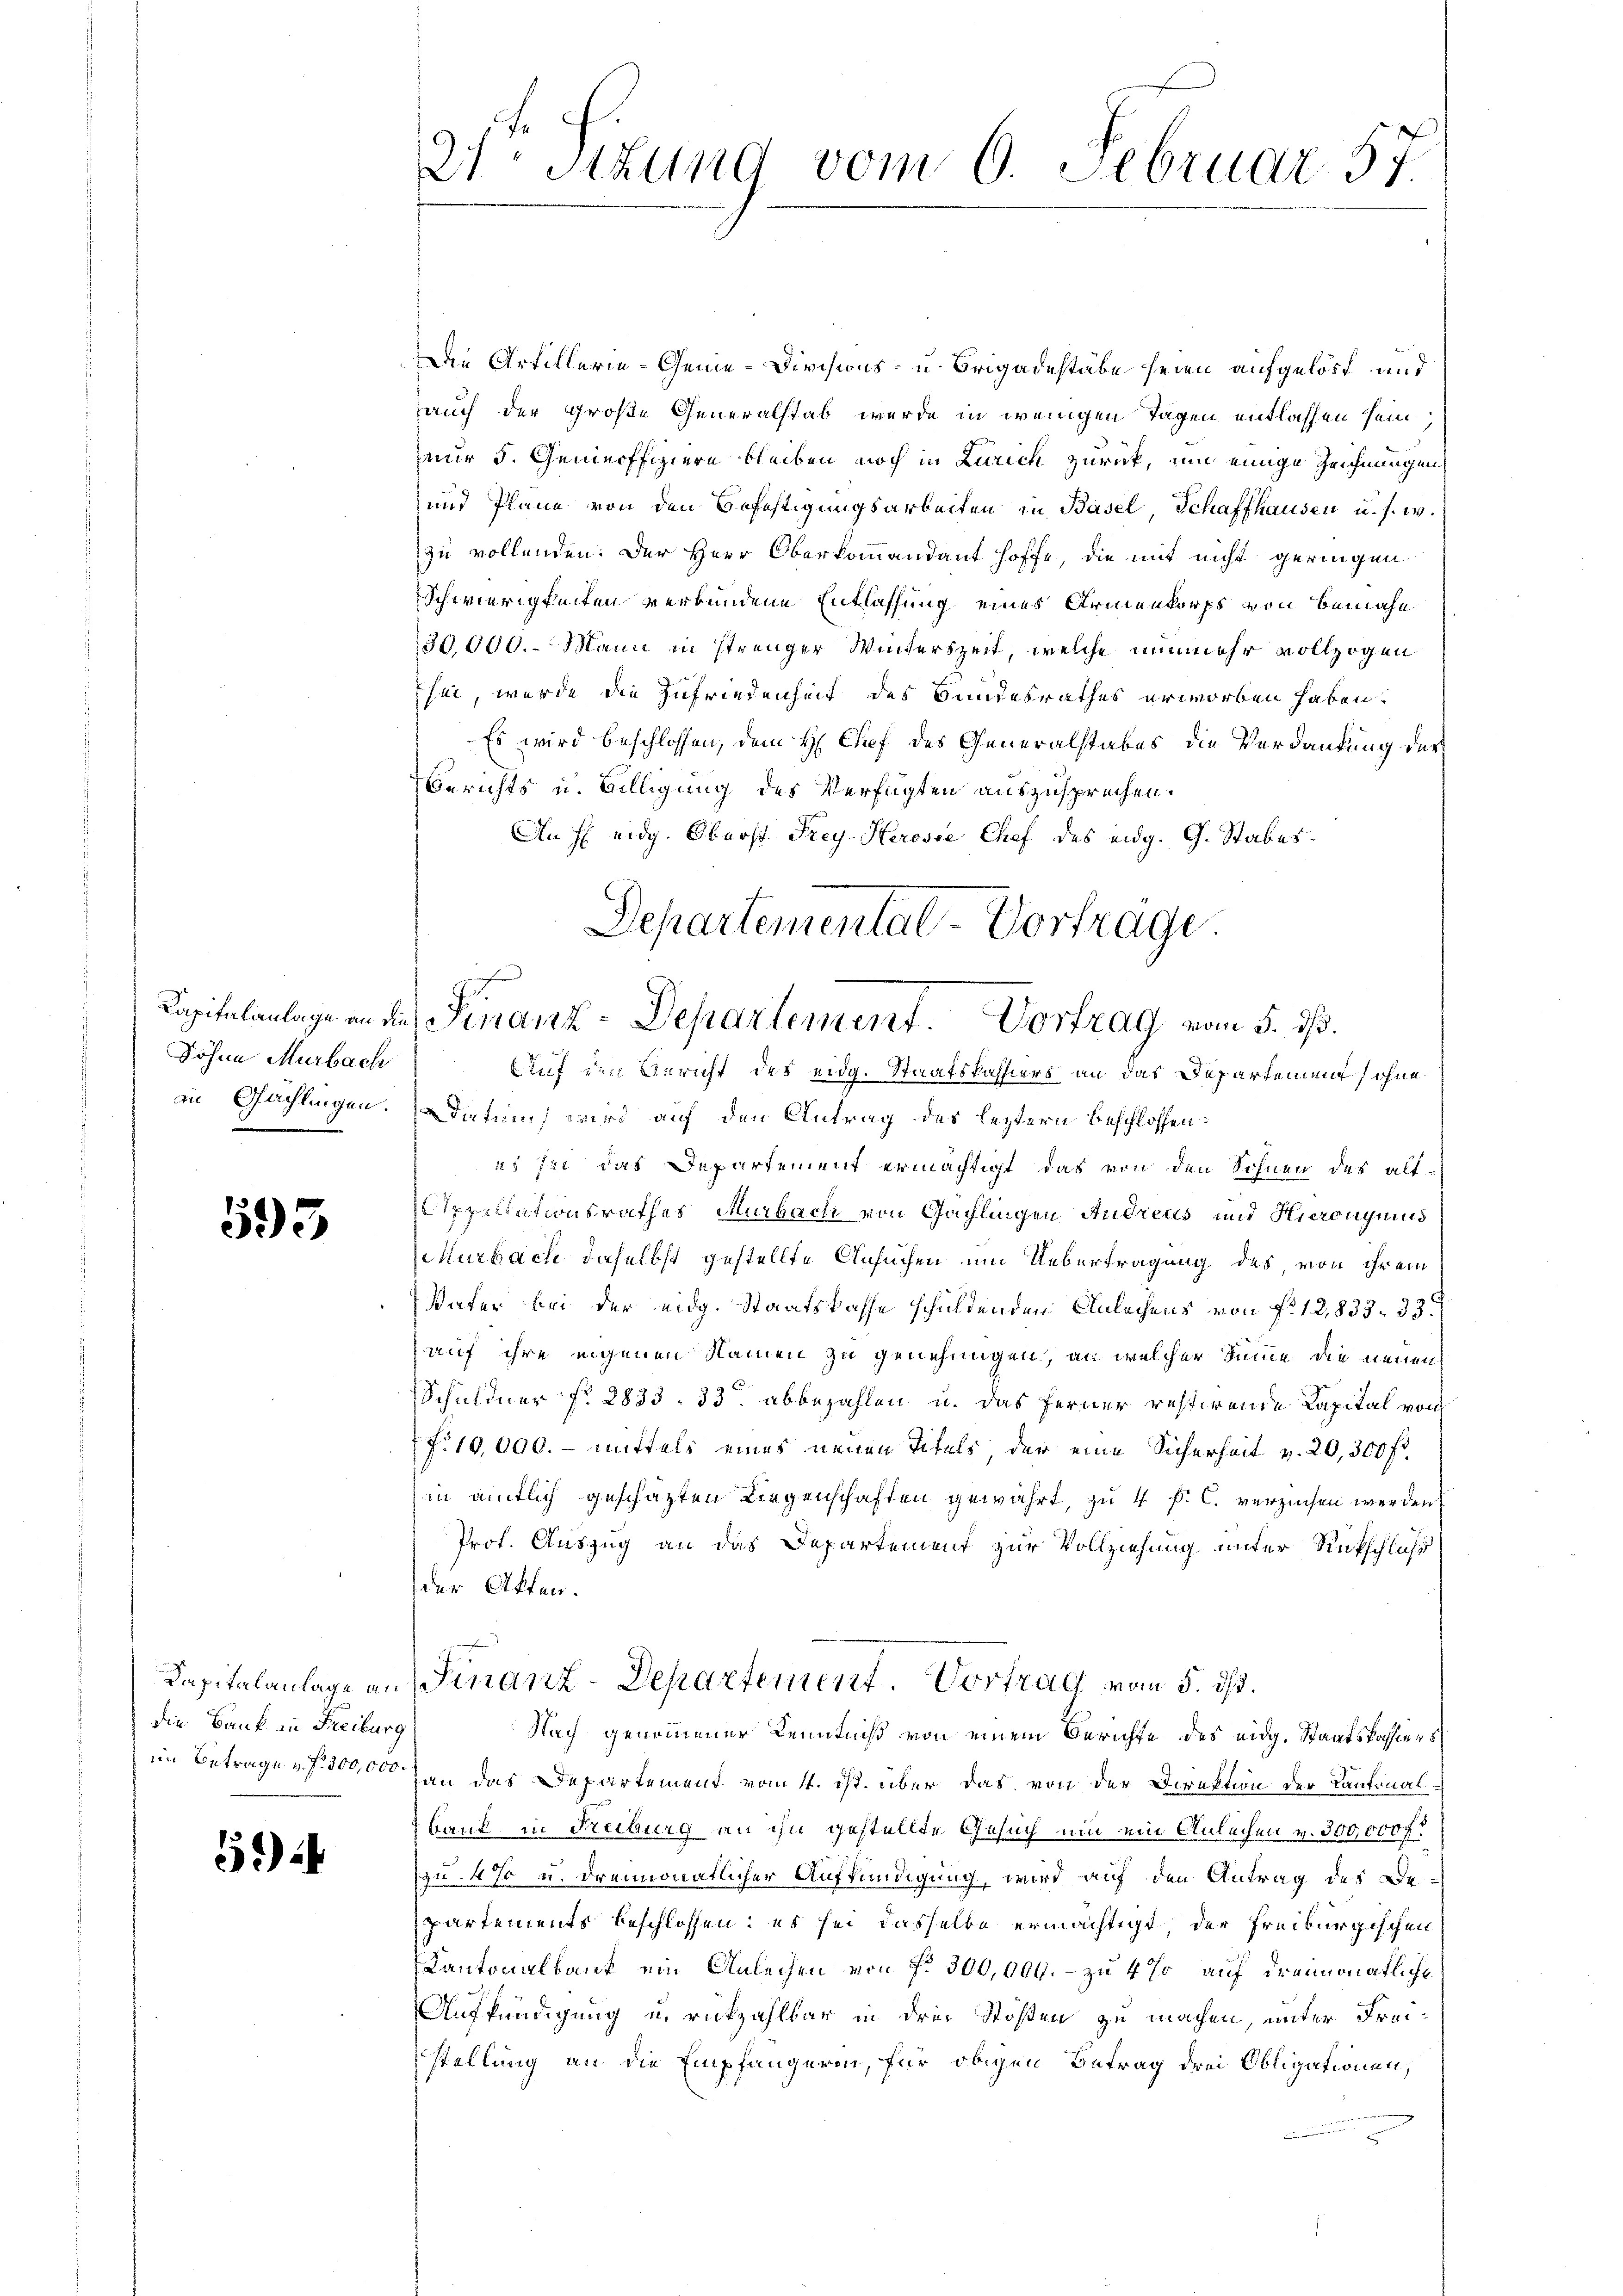
Söhne Murbach

593

die Bank an Freiburg
im Betrage u. f. 300,000

5.)

21 Stzung vom 6. Februar 57.

in Artillerie-Genie-Divisions- u. Brigadestate seien aufgelöst und
auch der große Generalstab werde in wenigen Tagen entlassen sein;
nur 5. Geneoffiziere bleiben noch in Zürich zurück, um einige Zeichnungen
und Plane von den Befestigungsarbeiten in Basel, Schaffhausen u. s. w.
zu vollenden. Der Herr Oberkommandant hoffe, die mit nicht geringen
Schwierigkeiten verbundene Entlassung eines Armenkorps von Bemahe
30,000. Mann in strenger Winterszeit, welche nunmehr vollzogen
Esei, wurde die Zufriedenheit des Bundesrathes erworben haben.
Es wird beschlossen, dem H Chef des Generalstabes die Verdankung der
Gerichts u. Billigung des Verfügten auszusprechen.
An fl. eidg. Oberst Frey Herosse Chef des eidg. G. Stabes
Auf den Gericht des eidg. Staatskassers an das Departement, ohne
in Gächlingen. Datum wird auf den Antrag des letztern beschlossen:
es sie das Departement ermächtigt das von den Sohnen des alt-
Appellationsrathes Murbach von Gachlingen Andreas und Hieronymis
Murbach daselbst gestellte Ansuchen um Uebertragung des von ihrem
Vater bei der eidg. Staatskasse schuldenden Anlachens von f. 12,833. 33.
auf ihre eigenen Namen zu genehmigen, an welcher Sinne die neuen
Schuldner fr. 2833 33 abbezahlen u. das Ferner restirende Kapital von
f. 10,000. - mittels eines neuen Titels, der eine Sicherheit v. 20,300 fl.
in amtlich geschäzten Liegenschaften gewährt, zu 4 p. C. verzinsen werden
Prof. Auszug an das Departement zur Vollziehung unter Rückschluss
der Akten.
Kapitalanlage an Finanz-Departement. Vortrag vom 5. ds.
Nach genommener Kenntniß von einem Berichte des eidg. Staatskassiers
Hau das Departement vom 4. ist über das von der Direktion der Kantonal¬
Bank in Reiburg an ihn gestellte Gesuch um ein Anleihen v. 300,000 f.
zu 4% u. dreimonatlicher Aufkündigung, wird auf den Antrag des Bepartements beschlossen; es sei dasselbe ermächtigt der Freiburgischen
Kantonalbank ein Anleihen von N. 300,000. – zu 4 % auf dreimonatliche
Aufkündigung u. rückzahlbar in drei Stoffen zu machen, unter Freistellung an die Empfängerin, für obigen Betrag drei Obligationen,

Departemental-Vorträge.
Kapitalanlage an die Finanz-Departement. Vortrag vom 5. dß.